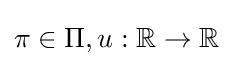
\mathbf {\pi } \in \Pi ,u:\mathbb {R} \rightarrow \mathbb {R}